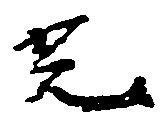
光